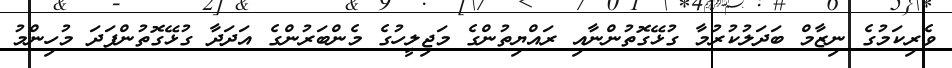
ވެރިކަމުގެ ނިޒާމް ބަދަލުކުރުމާ ގުޅޭގޮތުންނާއި ރައްޔިތުންގެ މަޖިލީހުގެ މެންބަރުންގެ އަދަދާ ގުޅޭގޮތުންފަދަ މުހިންމު